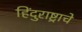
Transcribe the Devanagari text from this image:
हिंदुराष्ट्राचे